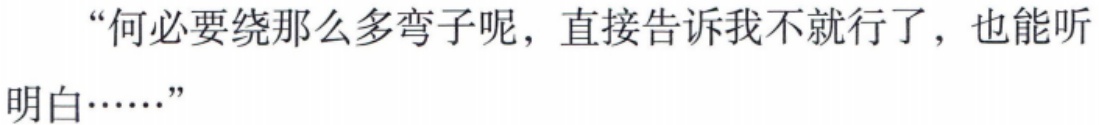
“何必要绕那么多弯子呢，直接告诉我不就行了，也能听明白……”